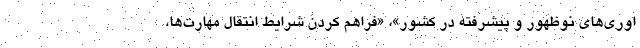
اوری‌های نوظهور و پیشرفته در کشور»، «فراهم کردن شرایط انتقال مهارت‌ها،